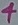
Text: 4